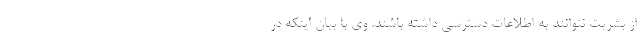
از بشریت نتوانند به اطلاعات دسترسی داشته باشند. وی با بیان اینکه در